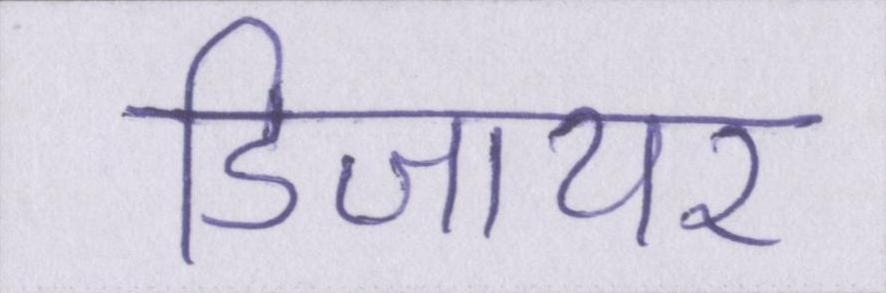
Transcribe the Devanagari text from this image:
डिजायर